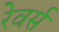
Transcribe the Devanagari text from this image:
रेवर्स